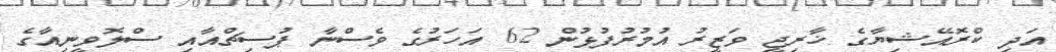
އަދި ކްރޮއޭޝިޔާގެ ޚާރިޖީ ވަޒީރު އުމުރުފުޅުން 62 އަހަރުގެ ވެސްނާ ޕުސިޗްއާއި ސްލޮވީނިއާގެ